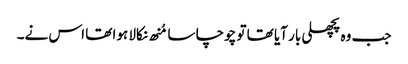
جب وہ پچھلی بار آیا تھا تو چوچا سا مُنھ نکالا ہوا تھا اس نے۔